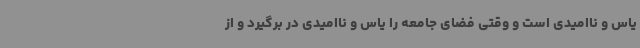
یاس و ناامیدی است و وقتی فضای جامعه را یاس و ناامیدی در برگیرد و از